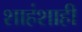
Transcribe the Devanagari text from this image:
शाहंशाही